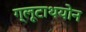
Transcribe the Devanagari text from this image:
ग्लूटाथयोन